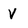
Character: V